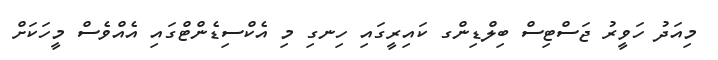
މިއަދު ހަވީރު ޖަސްޓިސް ބިލްޑިންގ ކައިރީގައި ހިނގި މި އެކްސިޑެންޓްގައި އެއްވެސް މީހަކަށް